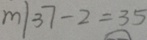
m \vert 3 7 - 2 = 3 5